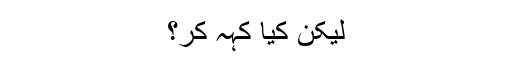
لیکن کیا کہہ کر؟